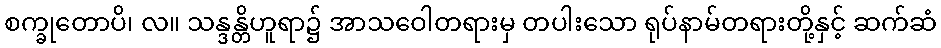
စက္ခုတောပိ၊ လ။ သန္ဒန္တိဟူရာ၌ အာသဝေါတရားမှ တပါးသော ရုပ်နာမ်တရားတို့နှင့် ဆက်ဆံ